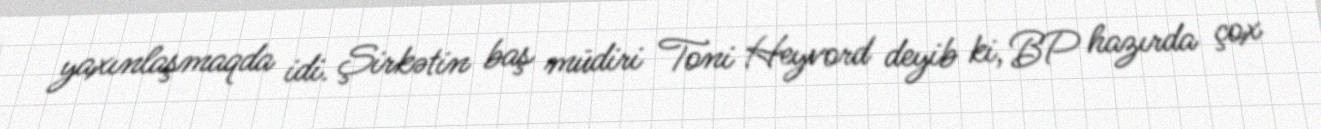
yaxınlaşmaqda idi. Şirkətin baş müdiri Toni Heyvord deyib ki, BP hazırda çox